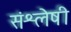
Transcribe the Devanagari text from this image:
संश्लेषी